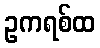
ဥကရစ်ထ